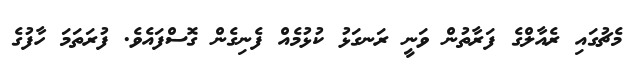
މެޗުގައި ރެއާލްގެ ފަރާތުން ވަނީ ރަނގަޅު ކުޅުމެއް ފެނިގެން ގޮސްފައެވެ. ފުރަތަމަ ހާފުގެ